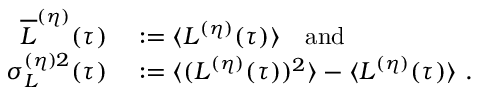
\begin{array} { r l } { \overline { { L } } ^ { ( \eta ) } ( \tau ) } & { { } : = \langle L ^ { ( \eta ) } ( \tau ) \rangle \quad \mathrm { a n d } } \\ { \sigma _ { L } ^ { ( \eta ) 2 } ( \tau ) } & { { } : = \langle ( L ^ { ( \eta ) } ( \tau ) ) ^ { 2 } \rangle - \langle L ^ { ( \eta ) } ( \tau ) \rangle \ . } \end{array}